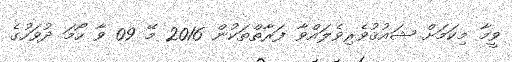
ވީމާ މިކަމަށް ޝައުޤުވެރިވެލައްވާ ފަރާތްތަކުން 2016 މޭ 09 ވާ ހޯމަ ދުވަހުގެ